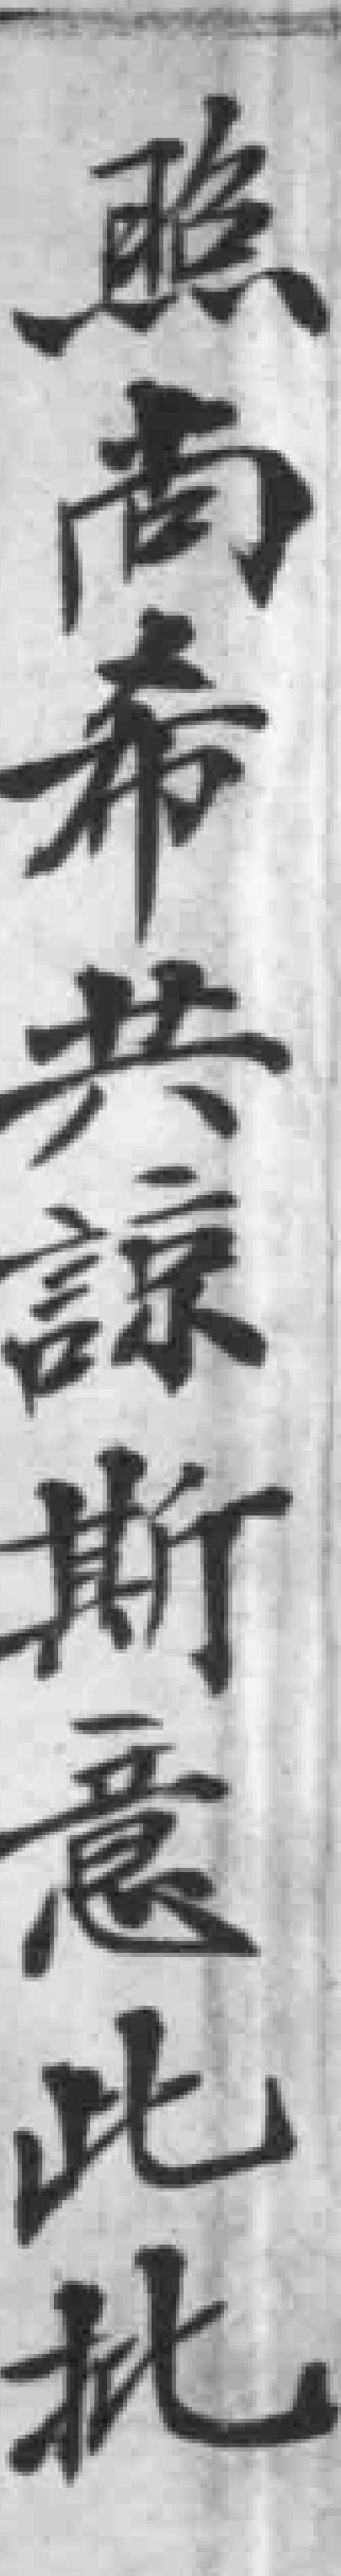
照尚希共諒斯意此批